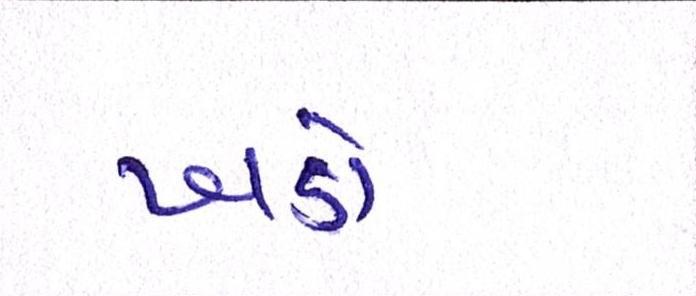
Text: ખડો